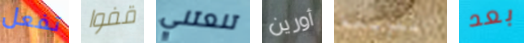
تفعل قفوا تنعتني أورين المريعة بعد